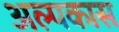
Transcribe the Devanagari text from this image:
अल्पकास